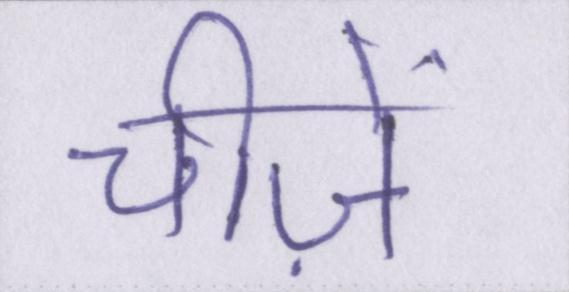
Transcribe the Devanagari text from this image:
चीज़ें